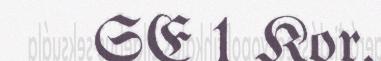
SE 1 Kor.